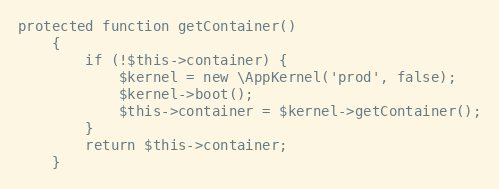
Language: PHP
protected function getContainer()
    {
        if (!$this->container) {
            $kernel = new \AppKernel('prod', false);
            $kernel->boot();
            $this->container = $kernel->getContainer();
        }
        return $this->container;
    }